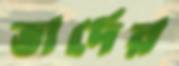
ভার্দের